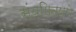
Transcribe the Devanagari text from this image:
संयमितपणे